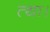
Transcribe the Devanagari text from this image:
त्था।